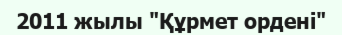
2011 жылы "Құрмет ордені"